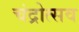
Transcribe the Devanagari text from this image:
चंद्रोत्सव